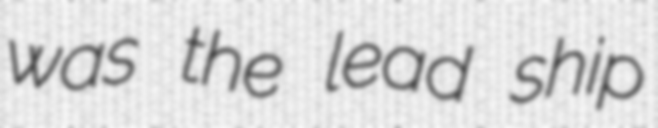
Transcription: was the lead ship